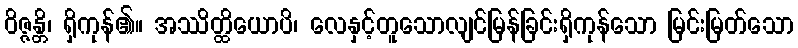
ဝိဇ္ဇန္တိ၊ ရှိကုန်၏။ အဿိတ္ထိယောပိ၊ လေနှင့်တူသောလျင်မြန်ခြင်းရှိကုန်သော မြင်းမြတ်သော